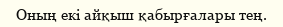
Оның екі айқыш қабырғалары тең.